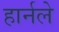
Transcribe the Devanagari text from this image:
हार्नले